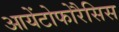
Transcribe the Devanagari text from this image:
आयेंटोफोरैसिस